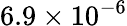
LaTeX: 6.9\times 10^{-6}